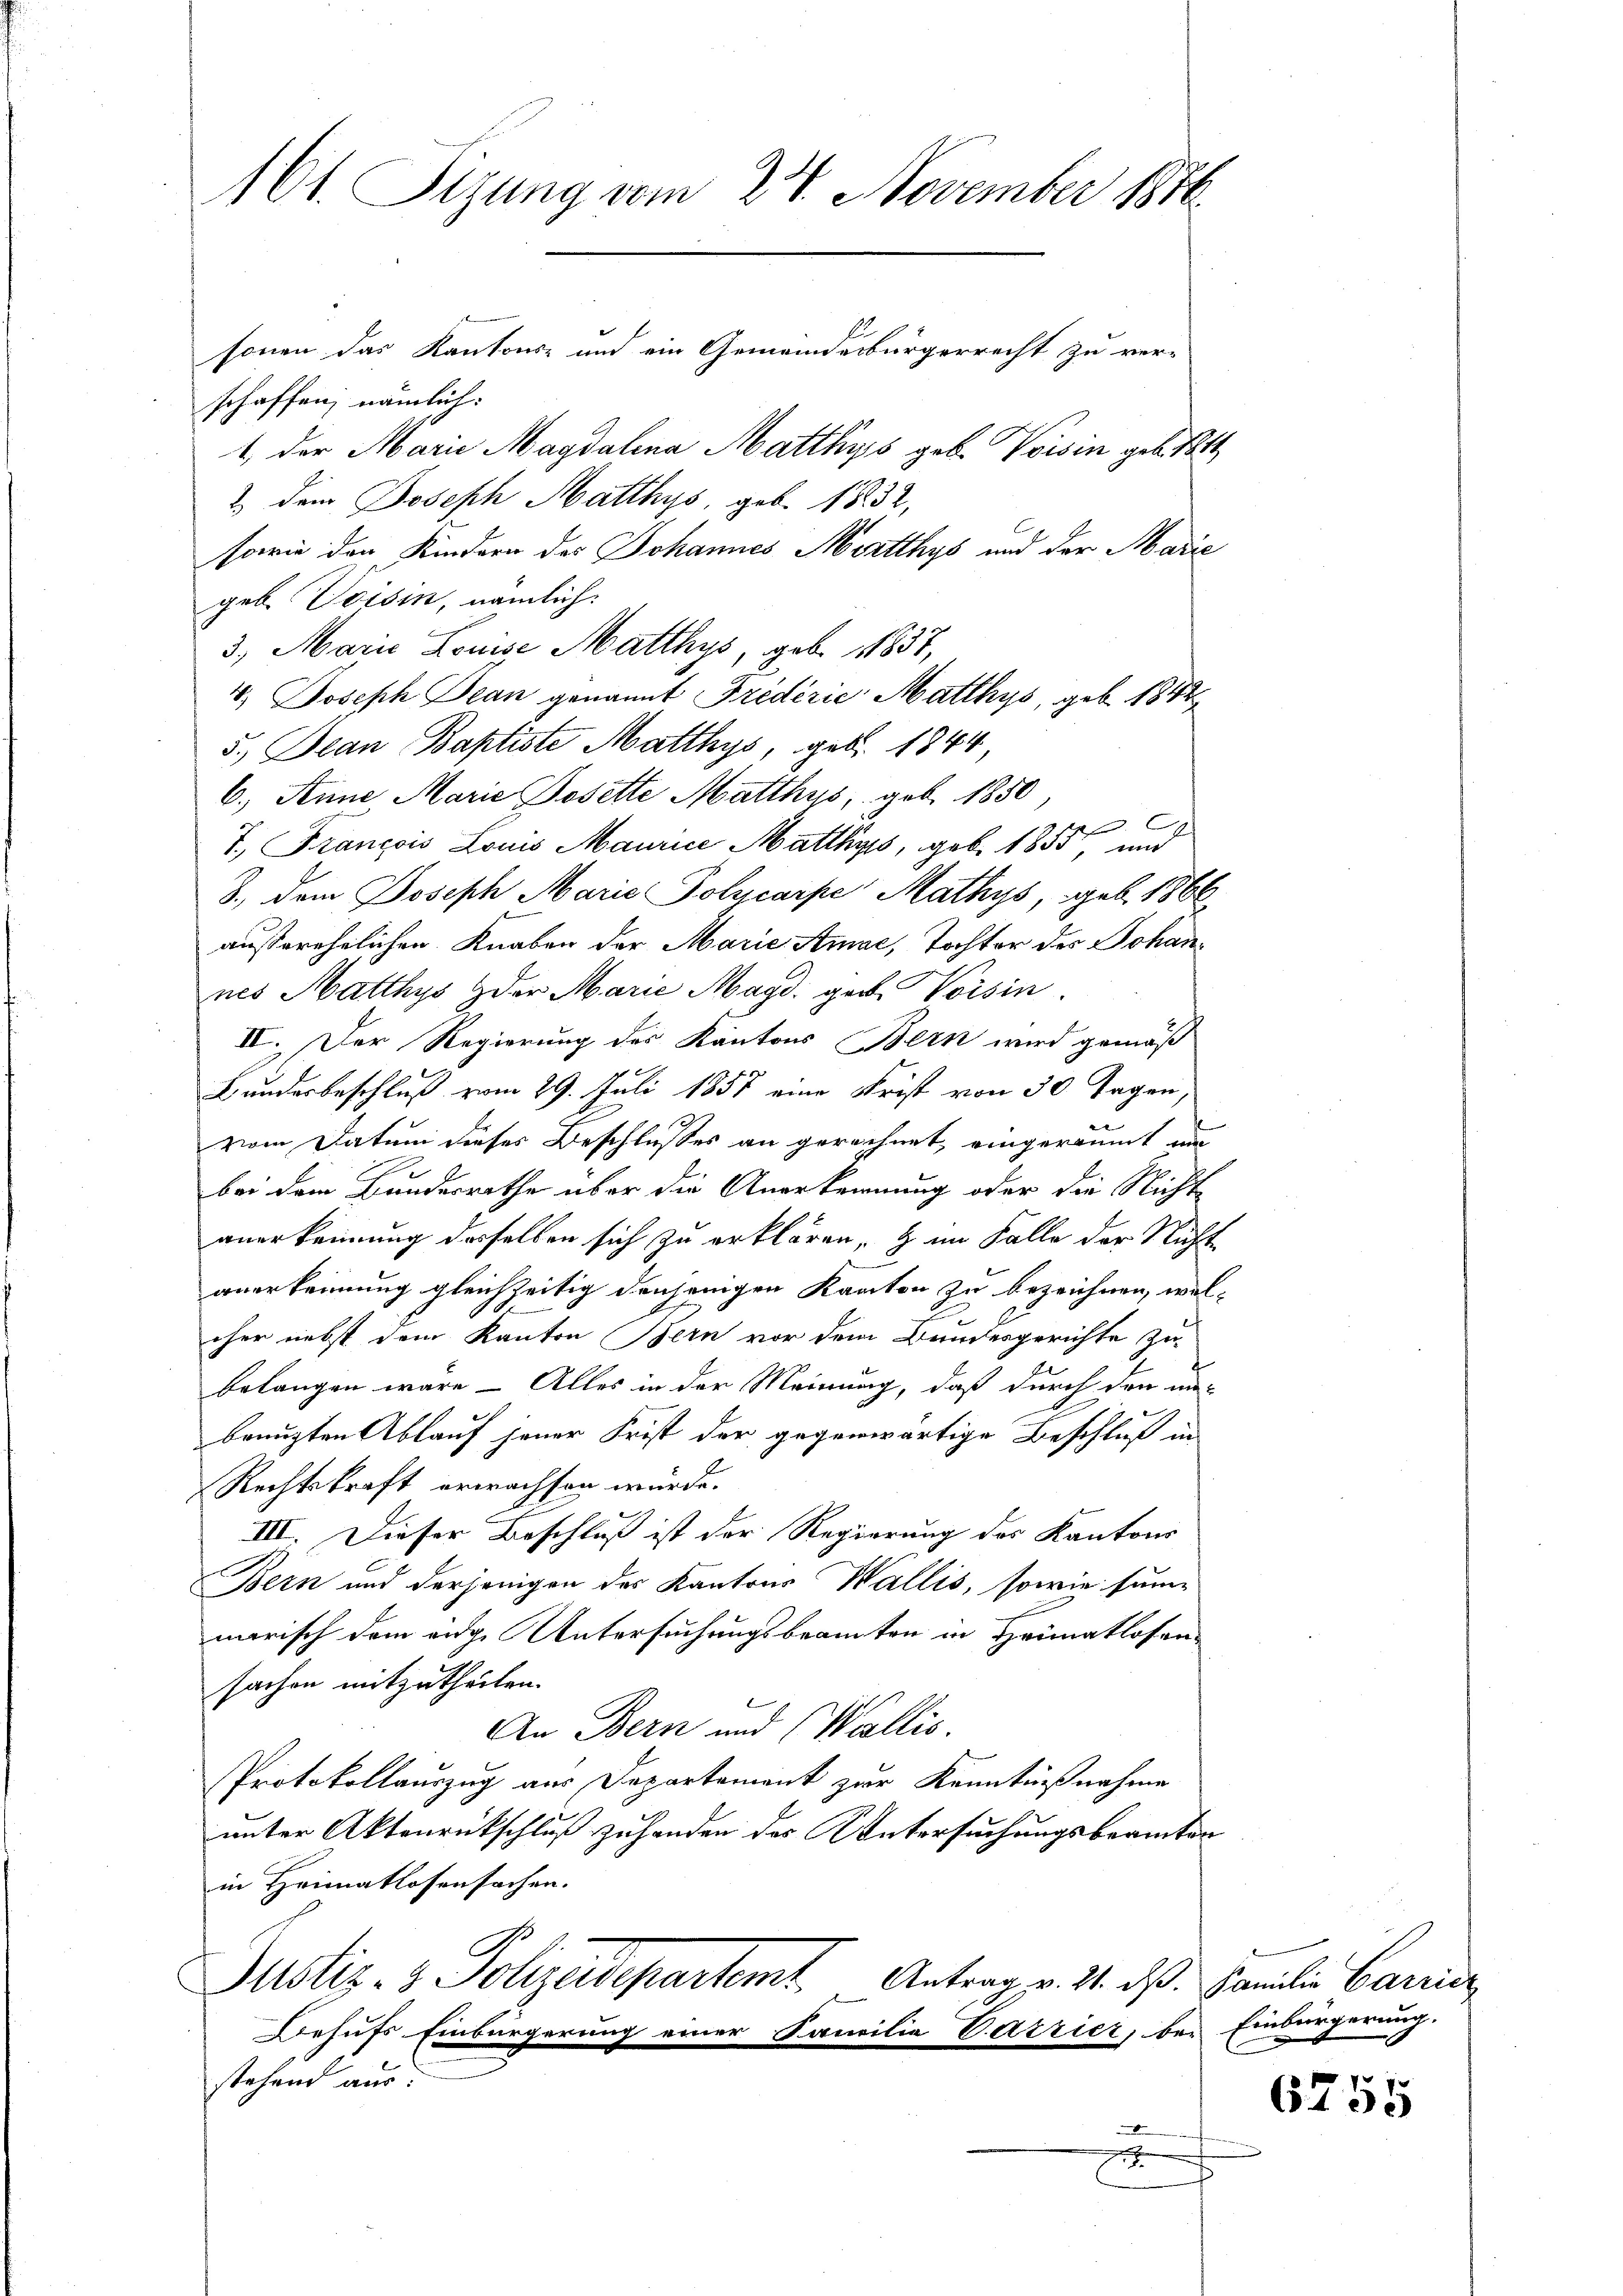
161. Sitzung vom 24. November 1876.
sonen das Kantons- und ein Gemeindesbürgerrecht zu ver-
schaffen; nämlich:
1 der Marie Magdalena Matthys geb. Voisin geb. Bt
2.) Dem Joseph Matthys, geb. 1832,

sowie den Kindern des Johannes Mertthys und der Marie
geb. Voisin, nämlich.
3. Marie Louise Matthys, geb. 1837,
4. Joseph Jean genannt Frederie Matthys, geb. 1842
5.) Jean Baptiste Matthys, geb. 1844
6.) Anne Marie Dosette Matthys, geb. 1850
.
7, Francois Louis Maurice Matthys, geb. 1855, und
3., dem Joseph Marie Policarpe Mathys, geb. 1866
außerehelichen Knaben der Marie Amae, Tochter des Johannes Matthys der Marie Magd. geb. Voisin
II. Der Regierung des Kantons Bern wird gemäß
n
Bunderbeschluß vom 29. Juli 1851 eine Frist von 30 Tagen,
vom Datum dieses Beschlusses an gerechnet, eingeräumt und
bei dem Bundesrathe über die Anerkennung oder die Nicht-
anerkennung desselben sich zu erklären, & im Falle der Nicht-
anerkennung gleichzeitig denjenigen Kanton zu bezeichnen, wel¬
.
cher nebst dem Kanton Bern vor dem Bundesgerichte zu
belangen wäre – Alles in der Meinung, daß durch den un-
benuzten Ablauf jener Frist der gegenwärtige Beschluß in
Rechtskraft erwachsen würde.
III. Dieser Beschluß ist der Regierung des Kantons
Bern und derjenigen des Kantons Wallis, sowie sum-
marisch dem eidge Untersuchungsbrannten in Heimatlosen-
sachen mitzutheilen.
An Bern und Wallis.
Protokollauszug aus Departement zur Kenntnißnahme
unter Aktonrückschluß zuhanden des Untersuchungsbeamten
in Heimatlosensachen.
Justiz- & Polizeidepartemt Antrag v. 21. ds. Familie Barrier
Behufs Einbürgerung einer Familie Pazzier, bei Einbürgerung.
stehend aus
x

6755